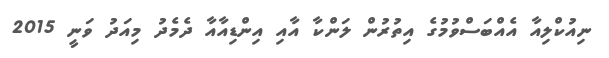
ނިއުކްލިއާ އެއްބަސްވުމުގެ އިތުރުން ލަންކާ އާއި އިންޑިއާއާ ދެމެދު މިއަދު ވަނީ 2015